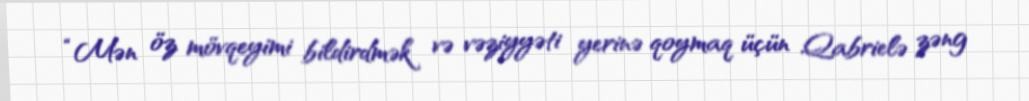
“Mən öz mövqeyimi bildirdmək və vəziyyəti yerinə qoymaq üçün Qabrielə zəng